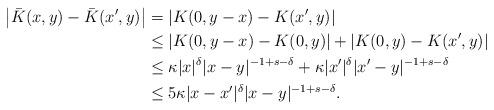
LaTeX: \begin{align*} \left| \bar{K}(x,y) - \bar{K}(x',y) \right| & = \left| K(0,y-x) - K(x',y) \right| \\ & \leq \left|K(0,y-x) - K(0,y)\right| + \left|K(0,y) - K(x',y)\right| \\ & \leq \kappa |x|^\delta|x-y|^{-1+s-\delta} + \kappa |x'|^\delta |x'-y|^{-1+s-\delta} \\ & \leq 5 \kappa |x-x'|^\delta|x-y|^{-1+s-\delta}. \end{align*}